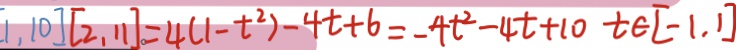
[ 1 , 1 0 ] [ 2 , 1 1 ] = 4 ( 1 - t ^ { 2 } ) - 4 t + 6 = - 4 t ^ { 2 } - 4 t + 1 0 t \int [ - 1 , 1 ]